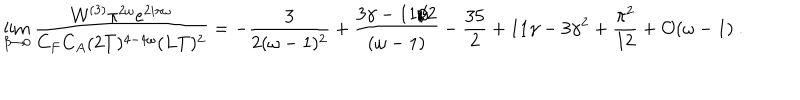
LaTeX: \lim _ { \beta \to 0 } { \frac { { \cal W } ^ { ( 3 ) } \pi ^ { 2 \omega } e ^ { 2 i \pi \omega } } { C _ { F } C _ { A } ( 2 T ) ^ { 4 - 4 \omega } ( L T ) ^ { 2 } } } = - { \frac { 3 } { 2 ( \omega - 1 ) ^ { 2 } } } + { \frac { 3 \gamma - 1 1 / 2 } { ( \omega - 1 ) } } - { \frac { 3 5 } { 2 } } + 1 1 \gamma - 3 \gamma ^ { 2 } + { \frac { \pi ^ { 2 } } { 1 2 } } + { \cal O } ( \omega - 1 ) \ .